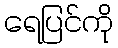
ရေပြင်ကို